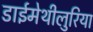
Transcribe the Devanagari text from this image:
डाईमेथीलुरिया